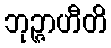
ဘုဉ္ဇာဟီတိ